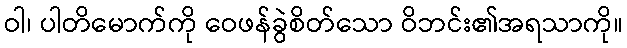
ဝါ၊ ပါတိမောက်ကို ဝေဖန်ခွဲစိတ်သော ဝိဘင်း၏အရသာကို။